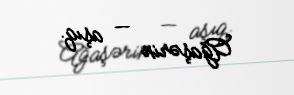
Ağaşərin — aşıq.